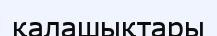
қалашықтары